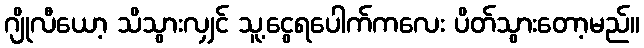
ဂျိုလီယော့ သိသွားလျှင် သူ့ငွေရပေါက်ကလေး ပိတ်သွားတော့မည်။